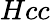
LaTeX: Hcc